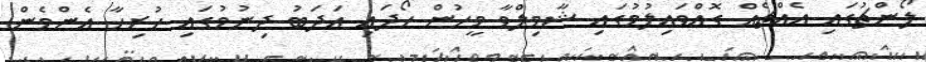
ލޯންޗުގައި އެއްޗެއް ގޮއްވައިލުމުގައި ޝާމިލްވާ މީހުން ހޯދައި އަދަބު ދިނުމުގައި ހުރިހާ އެންމެން